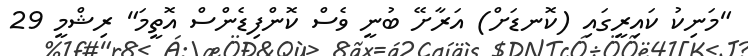
"މަނިކު ކައިރީގައި (ކޮނޑަށް) އަރާށޭ ބުނީ ވެސް ކޮންފިޑެންސް އޮތީމަ" ރިޝްމީ 29